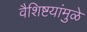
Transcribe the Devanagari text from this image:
वैशिष्टयांमुळे